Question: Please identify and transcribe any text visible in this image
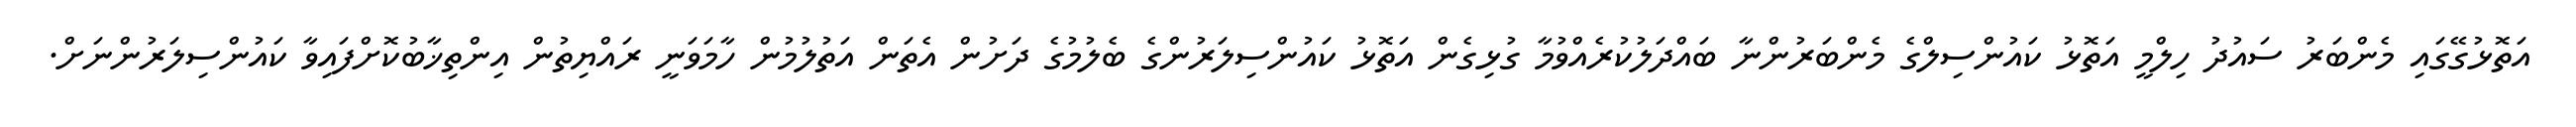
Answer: އަތޮޅުގޭގައި މެންބަރު ސައުދު ހިލްމީ އަތޮޅު ކައުންސިލްގެ މެންބަރުންނާ ބައްދަލުކުރެއްވުމާ ގުޅިގެން އަތޮޅު ކައުންސިލަރުންގެ ބެލުމުގެ ދަށުން އެތަން އަތުލުމުން ހާމަވަނީ ރައްޔިތުން އިންތިޚާބުކޮށްފައިވާ ކައުންސިލަރުންނަށް.